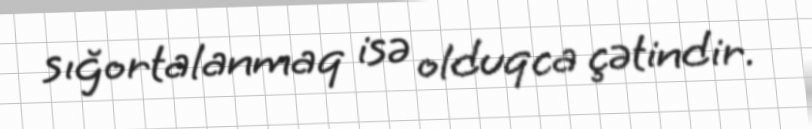
sığortalanmaq isə olduqca çətindir.